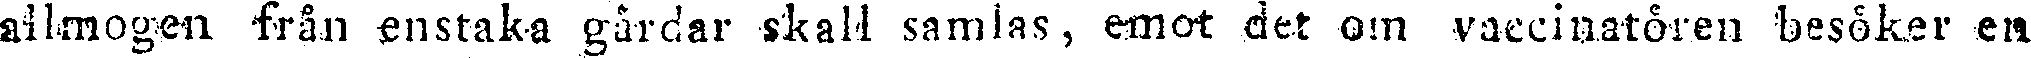
allmogen från enstaka gårdar skall samlas, emot det om vaccinatören besöker en